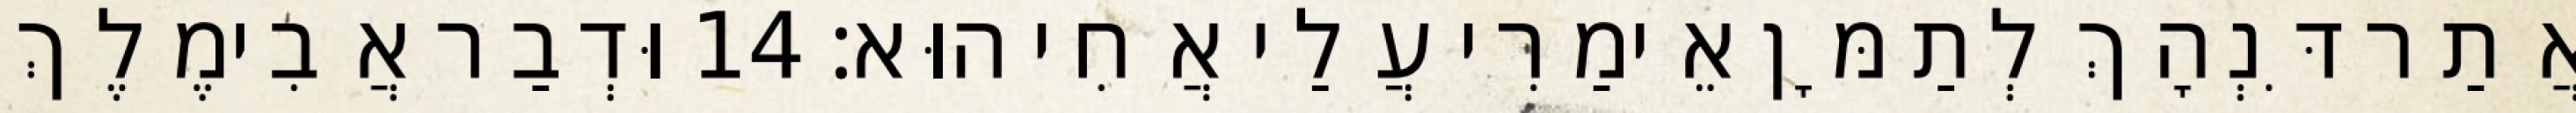
אֲתַר דִּנְהָךְ לְתַמָּן אֵימַרִי עֲלַי אֲחִי הוּא׃ 14 וּדְבַר אֲבִימֶלֶךְ